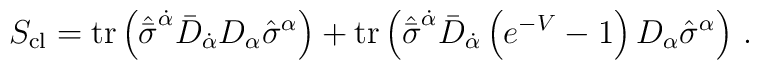
S_{\rm cl}= {\rm tr} \left(  \hat{\bar \sigma}^{\dot \alpha} \bar  D_{\dot \alpha} D_\alpha \hat\sigma^\alpha \right)  +  {\rm tr} \left(  {\hat {\bar \sigma}}^{\dot \alpha} \bar D_{\dot    \alpha} \left( e^{-V} -1 \right) D_\alpha  {\hat\sigma}^\alpha \right)\,.